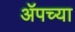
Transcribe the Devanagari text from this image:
ॲपच्या